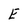
Character: E